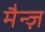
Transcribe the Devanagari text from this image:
मैन्ज़